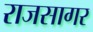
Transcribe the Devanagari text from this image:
राजसागर